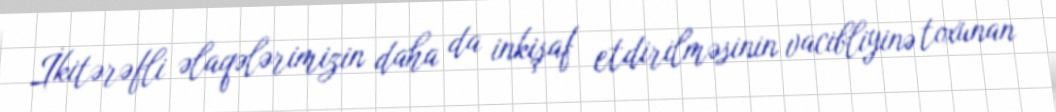
İkitərəfli əlaqələrimizin daha da inkişaf etdirilməsinin vacibliyinə toxunan